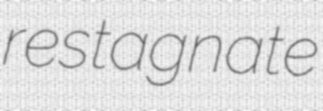
restagnate